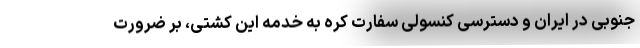
جنوبی در ایران و دسترسی کنسولی سفارت کره به خدمه این کشتی، بر ضرورت